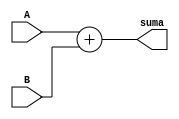
module adder #(parameter LENGTH = 32)(
//Inputs
 input signed [LENGTH-1:0] A,
 input signed [LENGTH-1:0] B,
 output signed [LENGTH-1:0] suma
);

//Set All the ALU logic into wires outside the Always statement.
assign suma = A+B;     //Current assignment for sum of two signed numbers (a, b)

endmodule